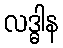
လဒ္ဓါန